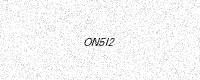
Text: ON5I2